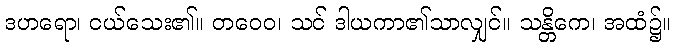
ဒဟရော၊ ငယ်သေး၏။ တဝေဝ၊ သင် ဒါယကာ၏သာလျှင်။ သန္တိကေ၊ အထံ၌။